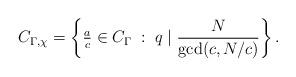
LaTeX: \begin{align*}C_{\Gamma, \chi}=\left\{\tfrac{a}{c}\in C_{\Gamma}\;:\; q\mid \frac{N}{\gcd(c, N/c)}\right\}.\end{align*}